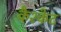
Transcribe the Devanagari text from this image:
कैश्केट